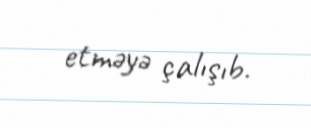
etməyə çalışıb.